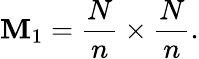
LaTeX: \mathbf{M}_{1}=\frac{{N}}{{n}}\times\frac{{N}}{{n}}.